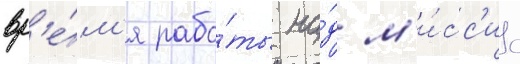
вр'е́м'я рабо́ты на́д м'и́сс'ис